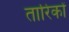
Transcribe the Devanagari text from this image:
तारिकों